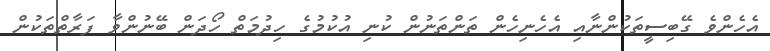
އެހެންވެ ގޭބިސީތަކުންނާއި އެހެނިހެން ތަންތަނުން ކުނި އުކުމުގެ ހިދުމަތް ހޯދަން ބޭނުންވާ ފަރާތްތަކުން